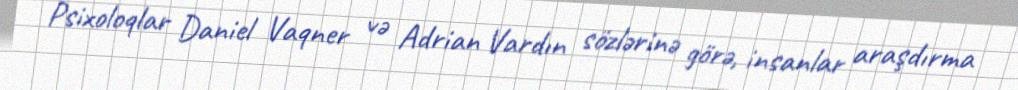
Psixoloqlar Daniel Vaqner və Adrian Vardın sözlərinə görə, insanlar araşdırma